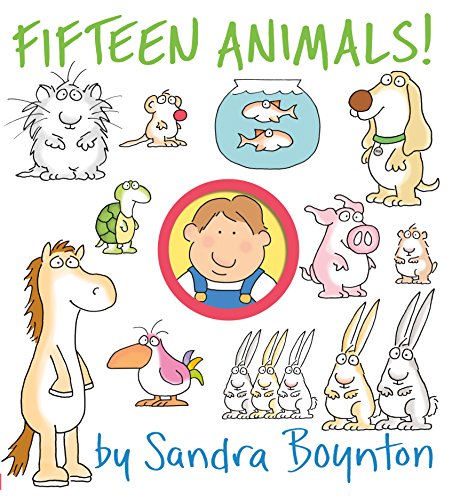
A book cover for Fifteen Animals!; Sandra Boynton; Children's Books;